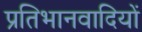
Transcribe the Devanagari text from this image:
प्रतिभानवादियों